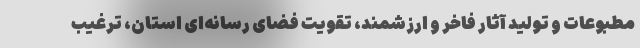
مطبوعات و تولید آثار فاخر و ارزشمند، تقویت فضای رسانه‌ای استان، ترغیب